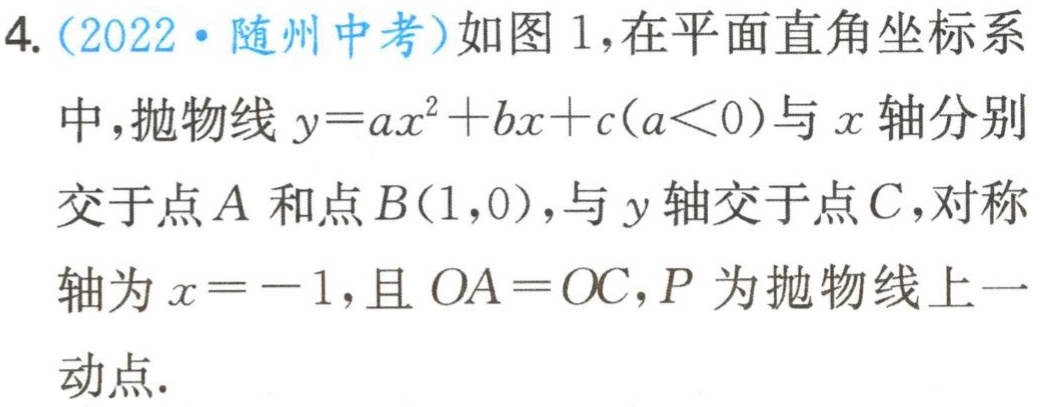
4.（2022·随州中考）如图1，在平面直角坐标系
中，抛物线\(y = ax^{2}+bx + c(a\lt0)\)与\(x\)轴分别
交于点\(A\)和点\(B(1,0)\)，与\(y\)轴交于点\(C\)，对称
轴为\(x = - 1\)，且\(OA = OC\)，\(P\)为抛物线上一
动点.